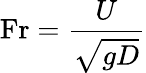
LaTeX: {\mathrm{Fr}}={\frac{U}{\sqrt{gD}}}